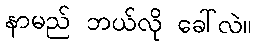
နာမည် ဘယ်လို ခေါ်လဲ။